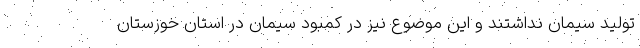
تولید سیمان نداشتند و این موضوع نیز در کمبود سیمان در استان خوزستان